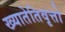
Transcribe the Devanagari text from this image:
ख्यातेतिवृत्तो